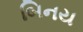
બિનય